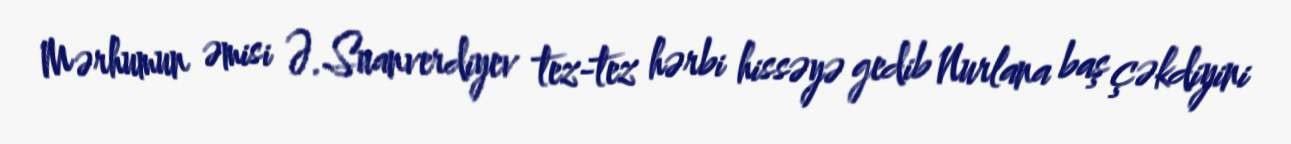
Mərhumun əmisi Ə.Suanverdiyev tez-tez hərbi hissəyə gedib Nurlana baş çəkdiyini